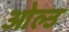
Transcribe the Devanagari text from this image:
ओल्‍उ